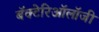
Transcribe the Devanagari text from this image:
बॅक्टेरिऑलॉजी